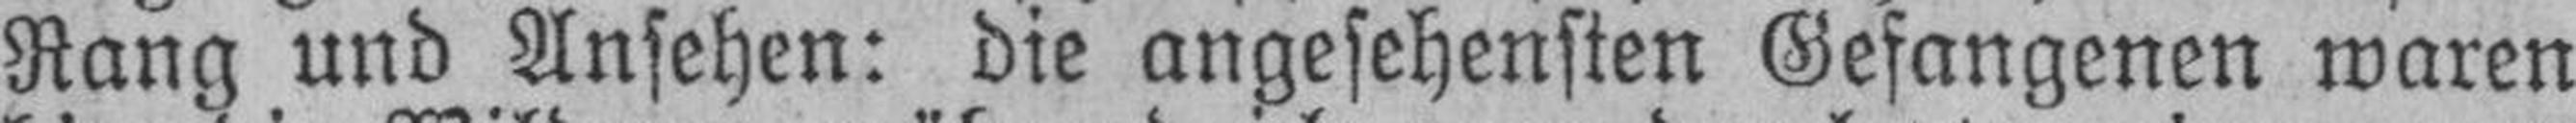
Rang und Ansehen: die angesehensten Gefangenen waren